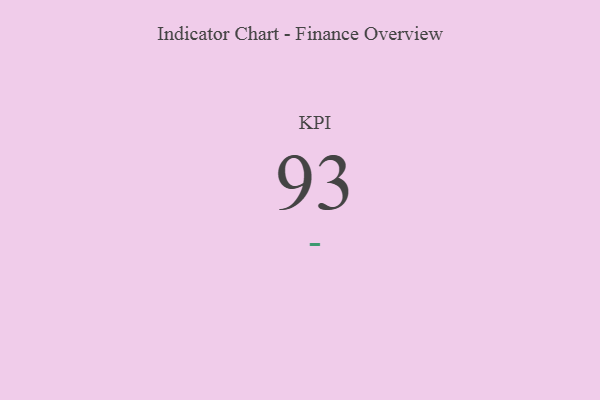
{"axis": {"x": "KPI", "y": "Value"}, "legend": [""], "data": [{"x": "KPI", "y": 93, "type": ""}]}